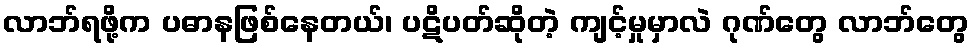
လာဘ်ရဖို့က ပဓာနဖြစ်နေတယ်၊ ပဋိပတ်ဆိုတဲ့ ကျင့်မှုမှာလဲ ဂုဏ်တွေ လာဘ်တွေ